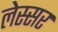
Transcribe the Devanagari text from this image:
लेस्सर